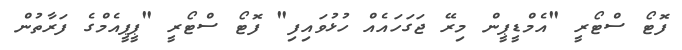
ފޮޓޯ ސްޓޯރީ "އެމްޑީޕީން މިރޭ ޖަގަހައެއް ހުޅުވައިފި" ފޮޓޯ ސްޓޯރީ "ޕީޕީއެމްގެ ފަރާތުން